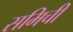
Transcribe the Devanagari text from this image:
समिची